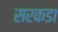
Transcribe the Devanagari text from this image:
सरकडा